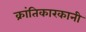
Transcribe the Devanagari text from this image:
क्रांतिकारकानी